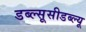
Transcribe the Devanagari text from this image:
डब्ल्सूसीडब्ल्यू